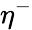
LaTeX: \eta^{-}